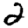
Digit: 2